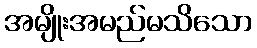
အမျိုးအမည်မသိသော